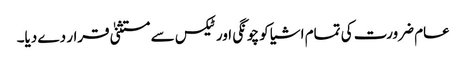
عام ضرورت کی تمام اشیا کو چونگی اور ٹیکس سے مستثنیٰ قرار دے دیا۔